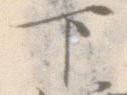
下